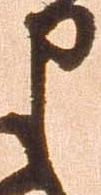
申